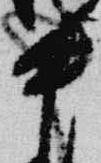
中